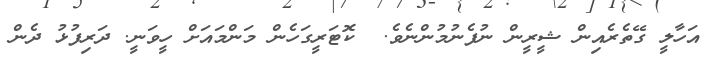
އަހާލީ ގޭތެރެއިން ޝީރީން ނުފެނުމުންނެވެ.  ކޮޓަރީގަހެން މަންމައަށް ހީވަނީ. ދަރިފުޅު ދެން